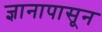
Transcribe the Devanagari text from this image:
ज्ञानापासून